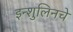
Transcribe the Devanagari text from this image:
इन्शुलिनचे